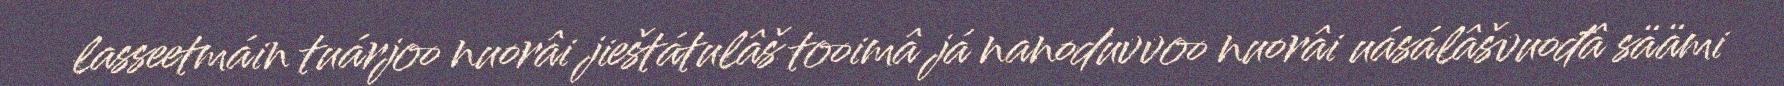
lasseetmáin tuárjoo nuorâi jieštátulâš tooimâ já nanoduvvoo nuorâi uásálâšvuođâ säämi